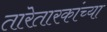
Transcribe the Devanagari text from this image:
तारेतारकांच्या